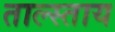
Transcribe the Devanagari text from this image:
ताल्स्ताय